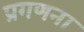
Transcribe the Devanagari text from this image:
प्रगणना